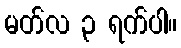
မတ်လ ၃ ရက်ပါ။